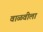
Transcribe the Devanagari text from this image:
वाळवीला